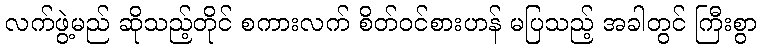
လက်ဖွဲ့မည် ဆိုသည့်တိုင် စကားလက် စိတ်ဝင်စားဟန် မပြသည့် အခါတွင် ကြီးစွာ